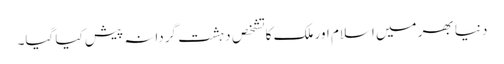
دنیا بھر میں اسلام اور ملک کا تشخص دہشت گردانہ پیش کیا گیا۔